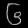
Digit: ၆